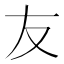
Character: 友